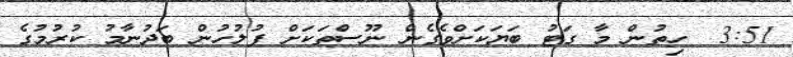
3:51  ހިތުން މާ ގަޓު ބަޔަކަށްވެގެން ނޫސްތަކަށް ފުލުހުން ބަދުނާމު ކުރުމުގެ